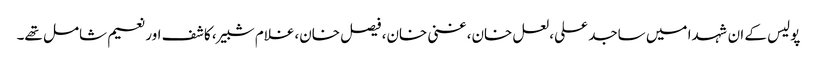
پولیس کے ان شہدا میں ساجد علی، لعل خان، غنی خان، فیصل خان،غلام شبیر، کاشف اور نعیم شامل تھے۔